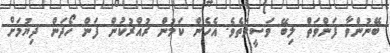
ބޭނުންވާ ފަންވަތް ލިބޭ ވަސީލަތެވެ. އެހެން ކަމުން ރުއްރުކުން ފަން ހޯދަން ދިޔުމަށް